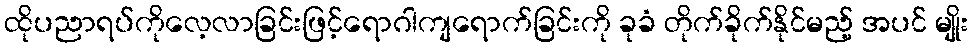
ထိုပညာရပ်ကိုလေ့လာခြင်းဖြင့်ရောဂါကျရောက်ခြင်းကို ခုခံ တိုက်ခိုက်နိုင်မည့် အပင် မျိုး